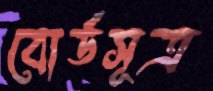
বোর্ডসূত্র